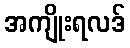
အကျိုးရလဒ်